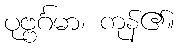
ပုဗ္ဗင်္ဂမာ၊ ကုန်၏။